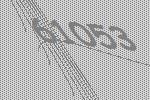
61053